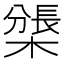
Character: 𣛊